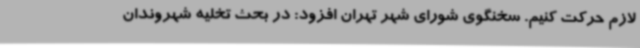
لازم حرکت کنیم. سخنگوی شورای شهر تهران افزود: در بحث تخلیه شهروندان